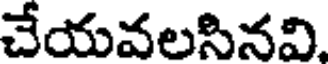
చేయవలసినవి.